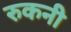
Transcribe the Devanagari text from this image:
रुकनी